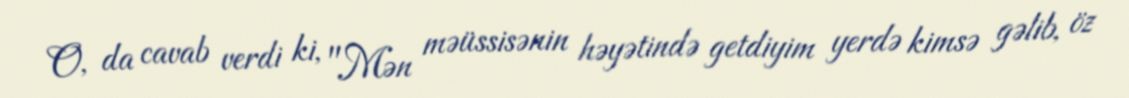
O, da cavab verdi ki, "Mən məüssisənin həyətində getdiyim yerdə kimsə gəlib, öz